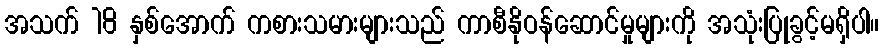
အသက် 18 နှစ်အောက် ကစားသမားများသည် ကာစီနိုဝန်ဆောင်မှုများကို အသုံးပြုခွင့်မရှိပါ။